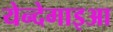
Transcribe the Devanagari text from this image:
येन्देगाइआ